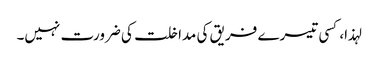
لہذا، کسی تیسرے فریق کی مداخلت کی ضرورت نہیں۔